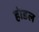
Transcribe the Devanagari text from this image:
हॉडल